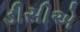
ડીસીએ